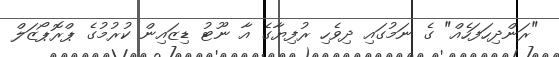
"ރަންދިހަފަހެއް" ގެ ނަމުގައި ދިވެހި ރުފިޔާގެ އާ ނޫޓު ޑިޒައިން ކުރުމުގެ ޕްރޮޕޯޒަލް